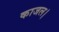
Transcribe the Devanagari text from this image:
काजल।